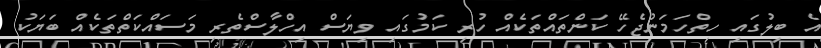
އެ ބިލުގައި ހިތްހަމަނުޖެހޭ ކަންތައްތަކެއް ހުރި ކަމުގައި ވިޔަސް އިހްލާސްތެރި މަސައްކަތްތަކެއް ބަޔަކު